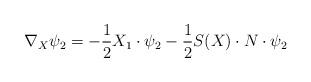
LaTeX: \begin{align*}\nabla_X\psi_2=-\frac{1}{2}X_1\cdot\psi_2-\frac{1}{2}S(X)\cdot N\cdot\psi_2\end{align*}